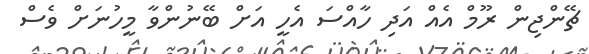
ޗޭންޖިން ރޫމް އެއް އަދި ހާއްސަ އެހީ އަށް ބޭނުންވާ މީހުނަށް ވެސް